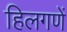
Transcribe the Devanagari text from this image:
हिलगणें